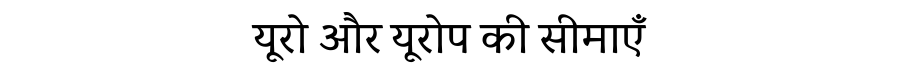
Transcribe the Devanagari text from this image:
यूरो और यूरोप की सीमाएँ